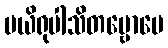
ပယိရုပါသိတဗ္ဗောပေ